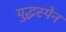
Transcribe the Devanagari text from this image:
युद्धस्पेन